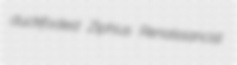
duckfooted Ziphius Renaissancist